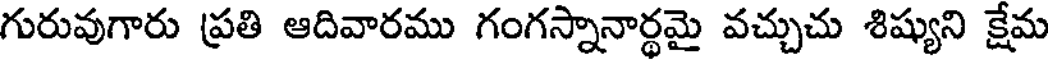
గురువుగారు ప్రతి ఆదివారము గంగస్నానార్థమై వచ్చుచు శిష్యుని క్షేమ